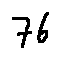
7 6